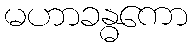
မဟာခန္ဓကော